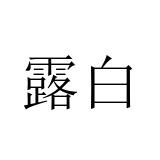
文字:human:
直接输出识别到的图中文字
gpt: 露白